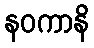
နဝကာနိ